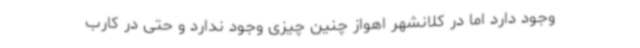
وجود دارد اما در کلانشهر اهواز چنین چیزی وجود ندارد و حتی در کارب